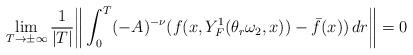
LaTeX: \begin{align*}\lim\limits_{T\rightarrow\pm\infty}\frac{1}{|T|}\bigg\|\int_{0}^{T}(-A)^{-\nu}(f(x,Y_{F}^1(\theta_r\omega_2,x))-\bar f(x))\,dr\bigg\|=0 \end{align*}